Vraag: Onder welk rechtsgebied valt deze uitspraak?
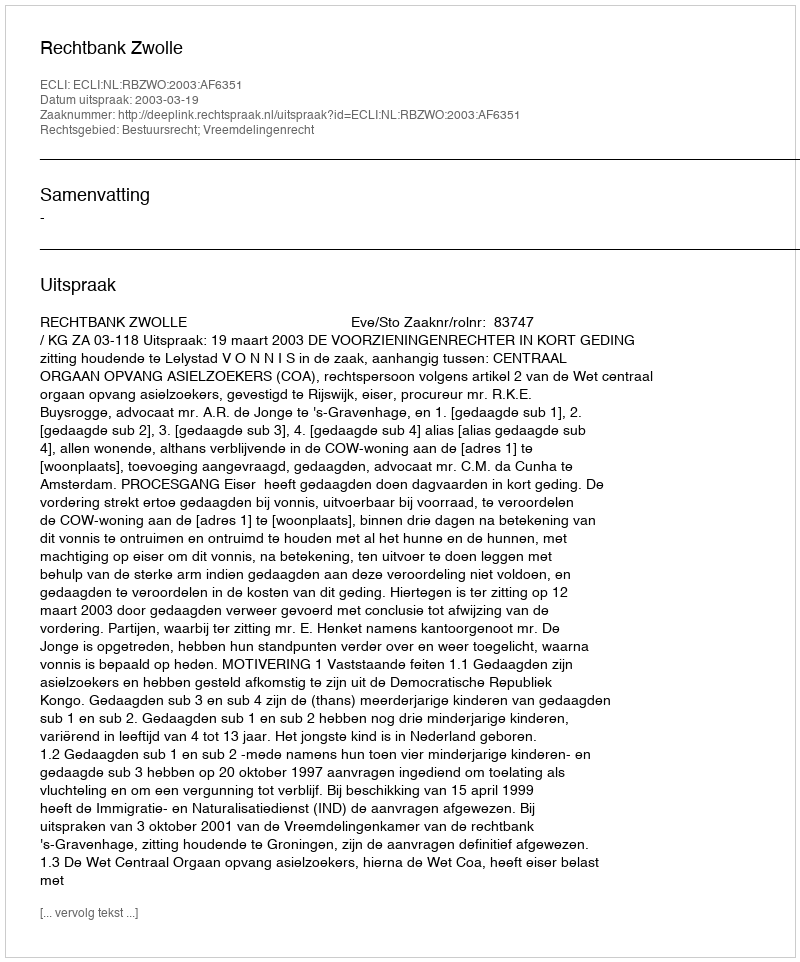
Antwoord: Bestuursrecht; Vreemdelingenrecht